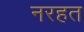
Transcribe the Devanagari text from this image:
नरहत